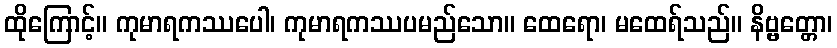
ထိုကြောင့်။ ကုမာရကဿပေါ၊ ကုမာရကဿပမည်သော။ ထေရော၊ မထေရ်သည်။ နိဗ္ဗတ္တော၊